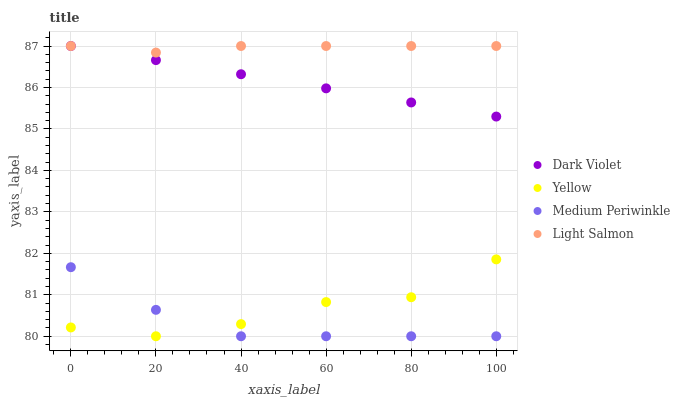
| xaxis_label | Dark Violet | Yellow | Medium Periwinkle | Light Salmon |
 | --- | --- | --- | --- | --- |
 | 0 | 87 | 80.2 | 81.7 | 87 |
 | 20 | 86.7 | 80 | 80.6 | 86.8 |
 | 40 | 86.3 | 80.3 | 80 | 87 |
 | 60 | 86 | 80.8 | 80 | 87 |
 | 80 | 85.6 | 80.9 | 80 | 87 |
 | 100 | 85.3 | 81.9 | 80 | 87 |